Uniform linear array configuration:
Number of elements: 24
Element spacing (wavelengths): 0.25
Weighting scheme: hamming
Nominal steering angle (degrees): -30
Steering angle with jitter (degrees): -30.228
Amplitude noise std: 0.05
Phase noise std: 0.05

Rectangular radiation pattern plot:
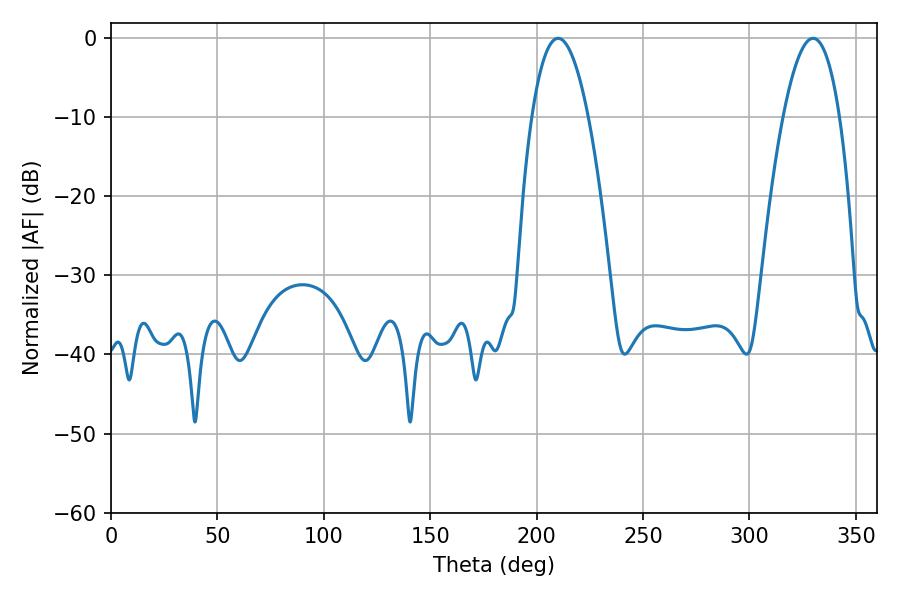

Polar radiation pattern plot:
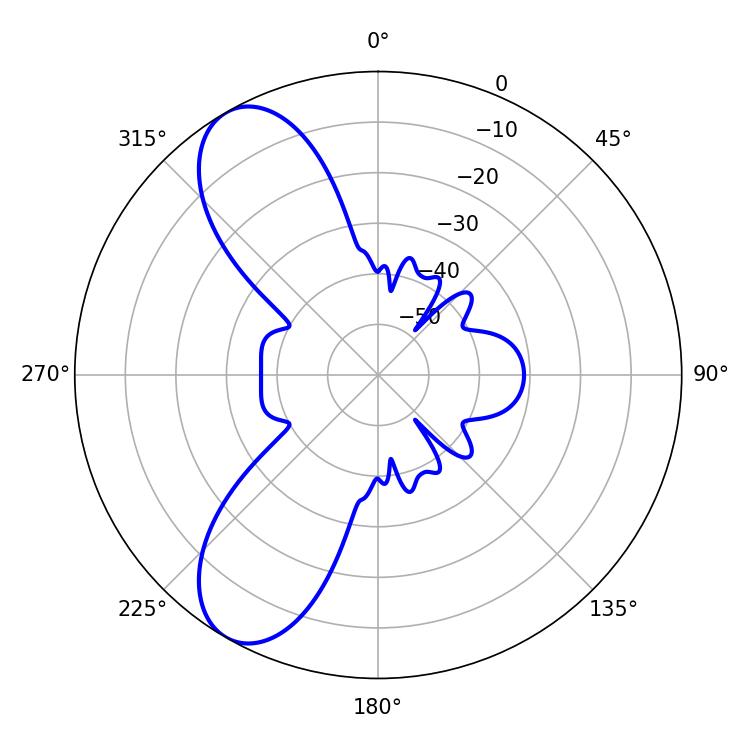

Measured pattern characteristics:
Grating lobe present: FALSE
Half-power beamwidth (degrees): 14.58
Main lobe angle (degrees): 210.06